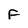
Character: F